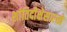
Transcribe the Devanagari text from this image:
शांतिदीक्षेसारखे